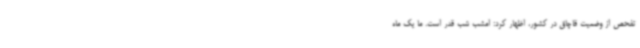
تفحص از وضعیت قاچاق در کشور، اظهار کرد: امشب شب قدر است. ما یک ماه